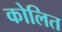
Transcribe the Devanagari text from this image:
कोलित